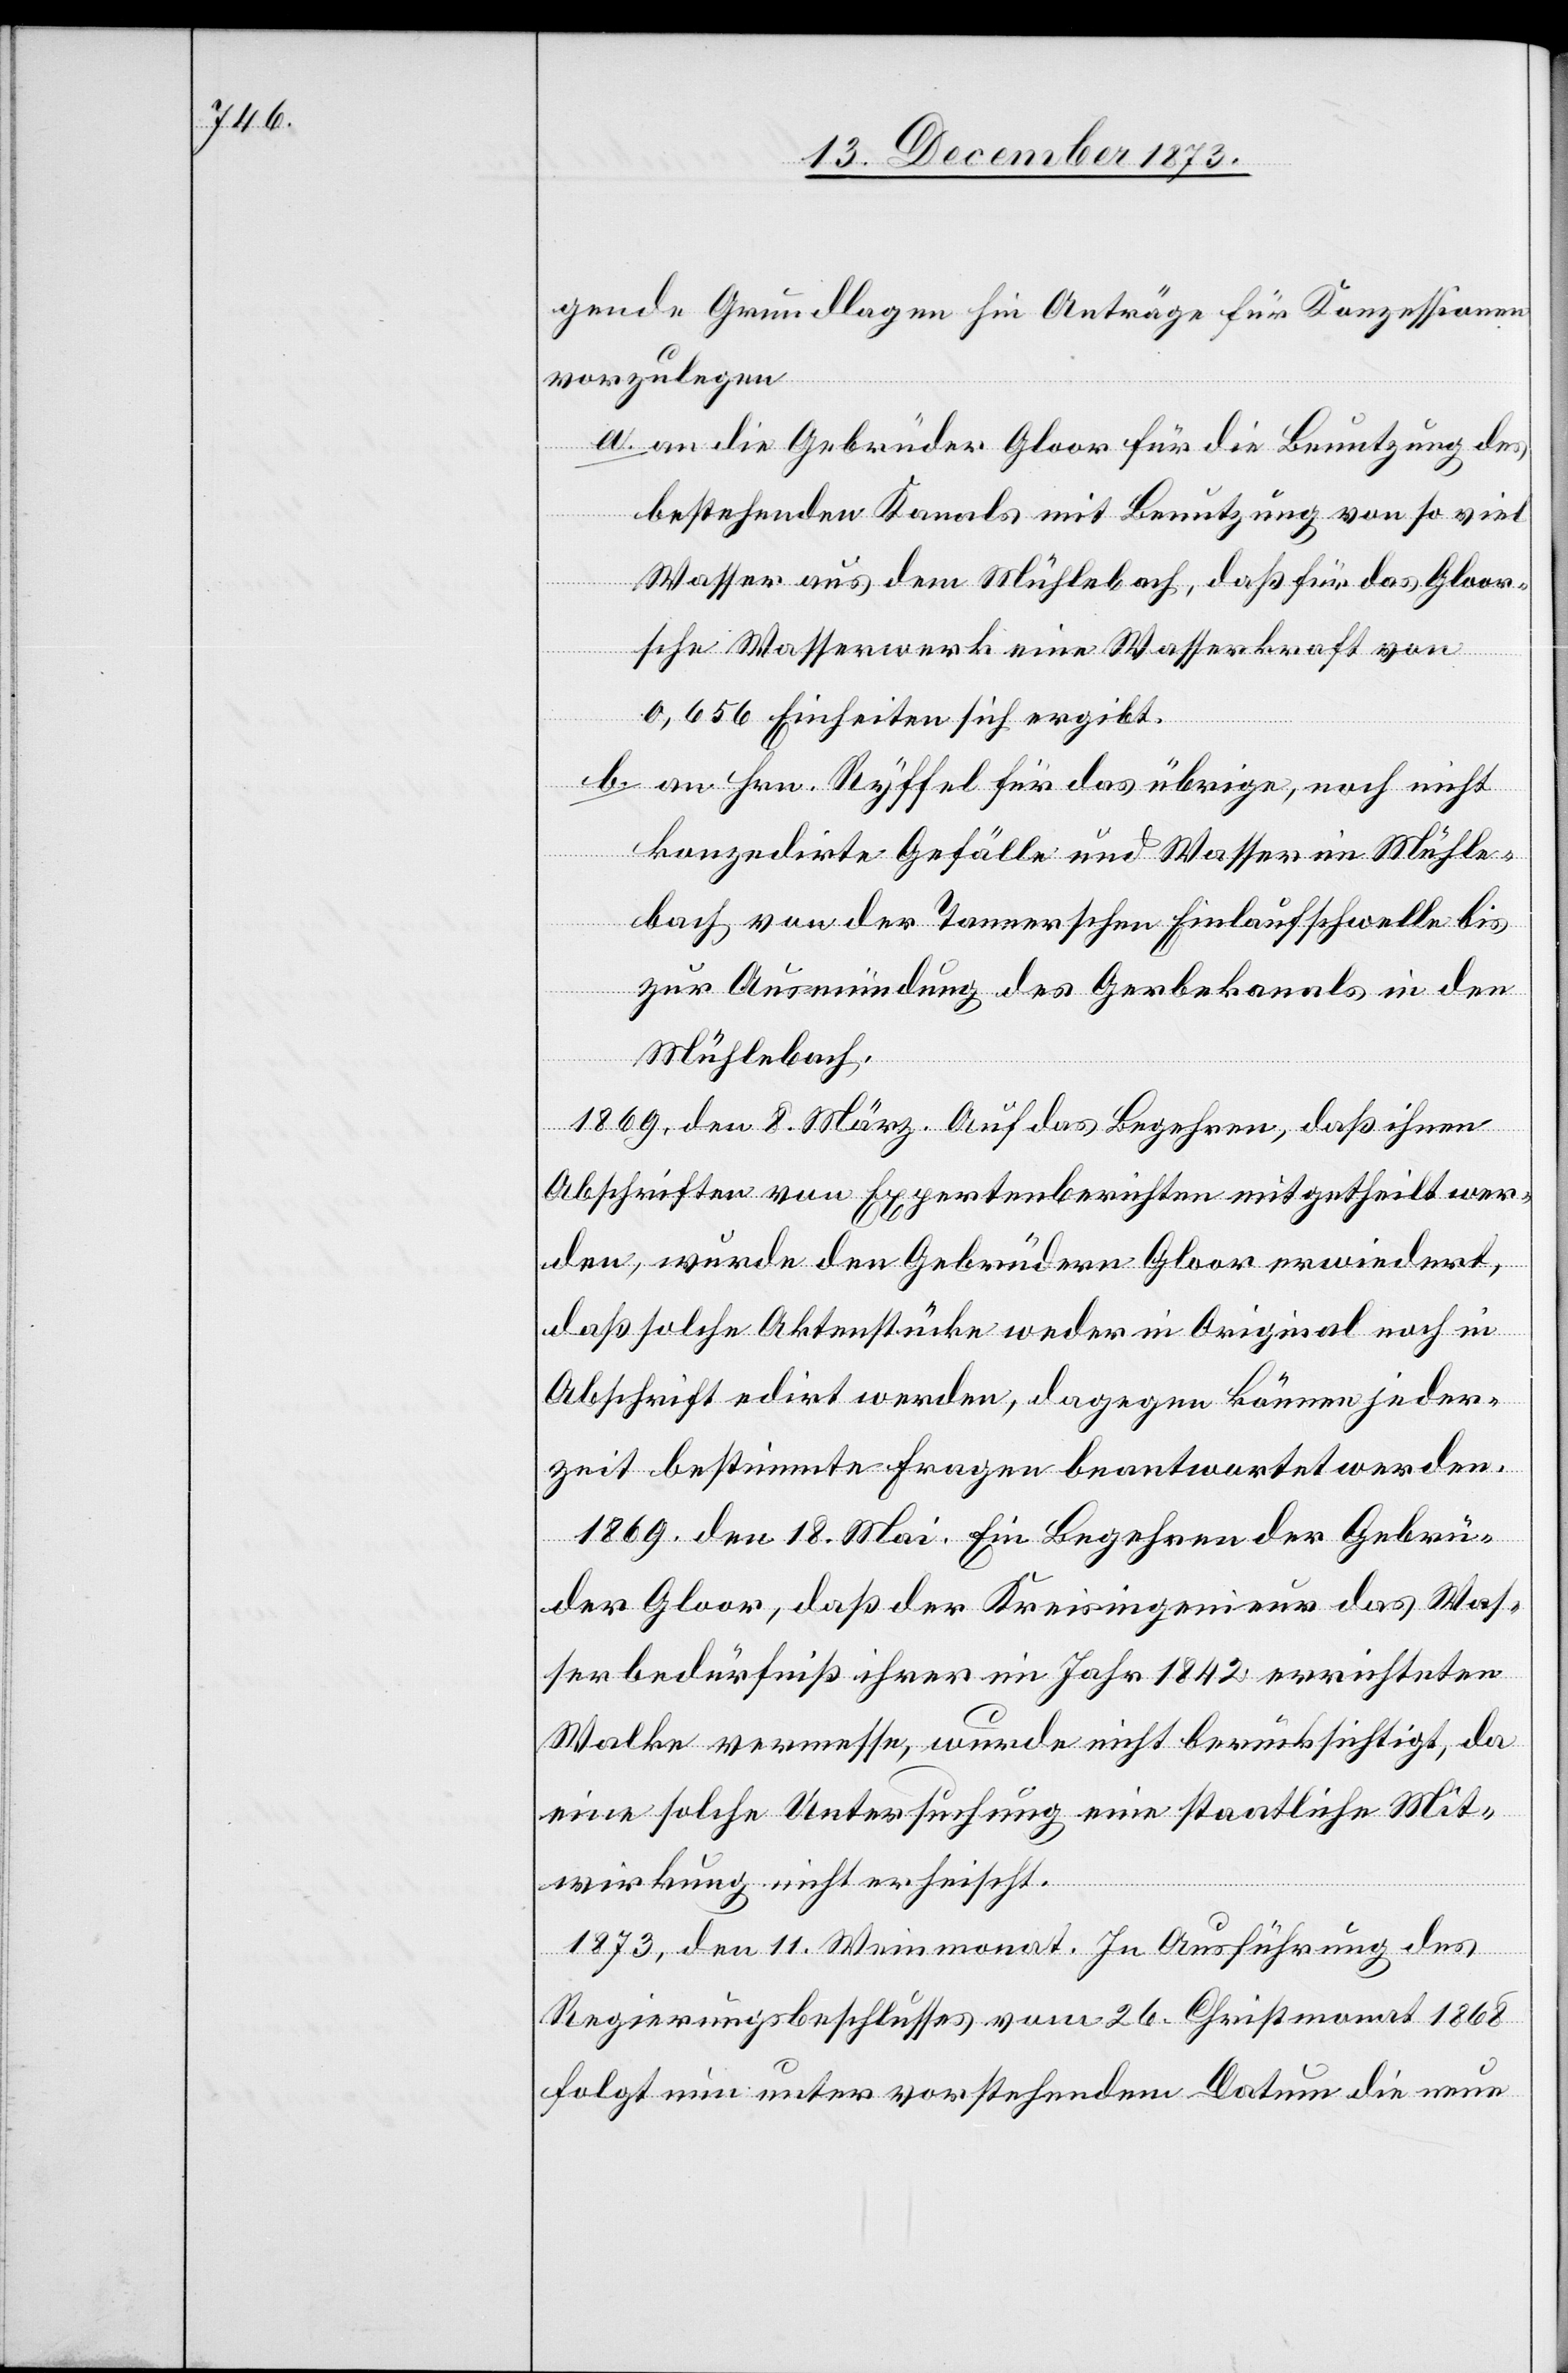
gende Grundlagen hin Anträge für Konzessionen
vorzulegen
a. an die Gebrüder Gloor für die Benutzung des
bestehenden Kanals mit Benutzung von so viel
Wasser aus dem Mühlebach, daß für das Gloor¬
sche Wasserwerk eine Wasserkraft von
0,656 Einheiten sich ergibt.
b. an Hrn. Ryffel für das übrige, noch nicht
konzedirte Gefälle und Wasser im Mühle¬
bach, von der Tannerschen Einlaufschwelle bis
zur Ausmündung des Gerbekanals in den
Mühlebach.
1869, den 8. März. Auf das Begehren, daß ihnen
Abschriften von Expertenberichten mitgetheilt wer¬
den, wurde den Gebrüdern Gloor erwiedert,
daß solche Aktenstücke weder in Original noch in
Abschrift edirt werden, dagegen können jeder¬
zeit bestimmte Fragen beantwortet werden.
1869, den 18. Mai. Ein Begehren der Gebrü¬
der Gloor, daß der Kreisingenieur das Was¬
serbedürfniß ihrer im Jahr 1842 errichteten
Walke vermesse, wurde nicht berücksichtigt, da
eine solche Untersuchung eine staatliche Mit¬
wirkung nicht erheischt.
1873, den 11. Weinmonat. In Ausführung des
Regierungsbeschlusses vom 26. Christmonat 1868
folgt nun unter vorstehendem Datum die neue